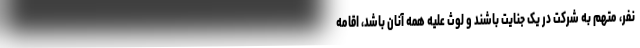
نفر، متهم به شرکت در یک جنایت باشند و لوث علیه همه آنان باشد، اقامه